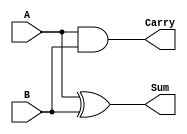
`timescale 1ns / 1ps
//////////////////////////////////////////////////////////////////////////////////
// Company: 
// Engineer: 
// 
// Design Name: 
// Module Name: Half_Adder
// Project Name: 
// Target Devices: 
// Tool Versions: 
// Description: 
// 
// Dependencies: 
// 
// Revision:
// Revision 0.01 - File Created
// Additional Comments:
// 
//////////////////////////////////////////////////////////////////////////////////


module Half_Adder(Carry, Sum, A, B);
input A,B;
output Carry, Sum;

// Logic
and and1(Carry, A, B);
xor xor1(Sum, A, B);


endmodule